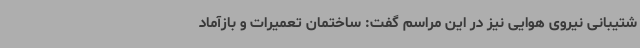
شتیبانی نیروی هوایی نیز در این مراسم گفت: ساختمان تعمیرات و بازآماد